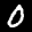
Label: 0